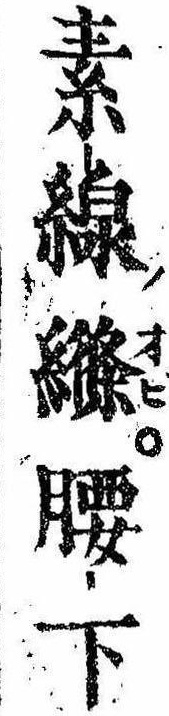
素線縧腰下